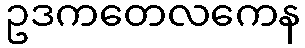
ဥဒကတေလကေန